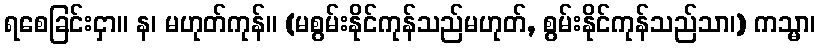
ရစေခြင်းငှာ။ န၊ မဟုတ်ကုန်။ (မစွမ်းနိုင်ကုန်သည်မဟုတ်, စွမ်းနိုင်ကုန်သည်သာ၊) ကသ္မာ၊